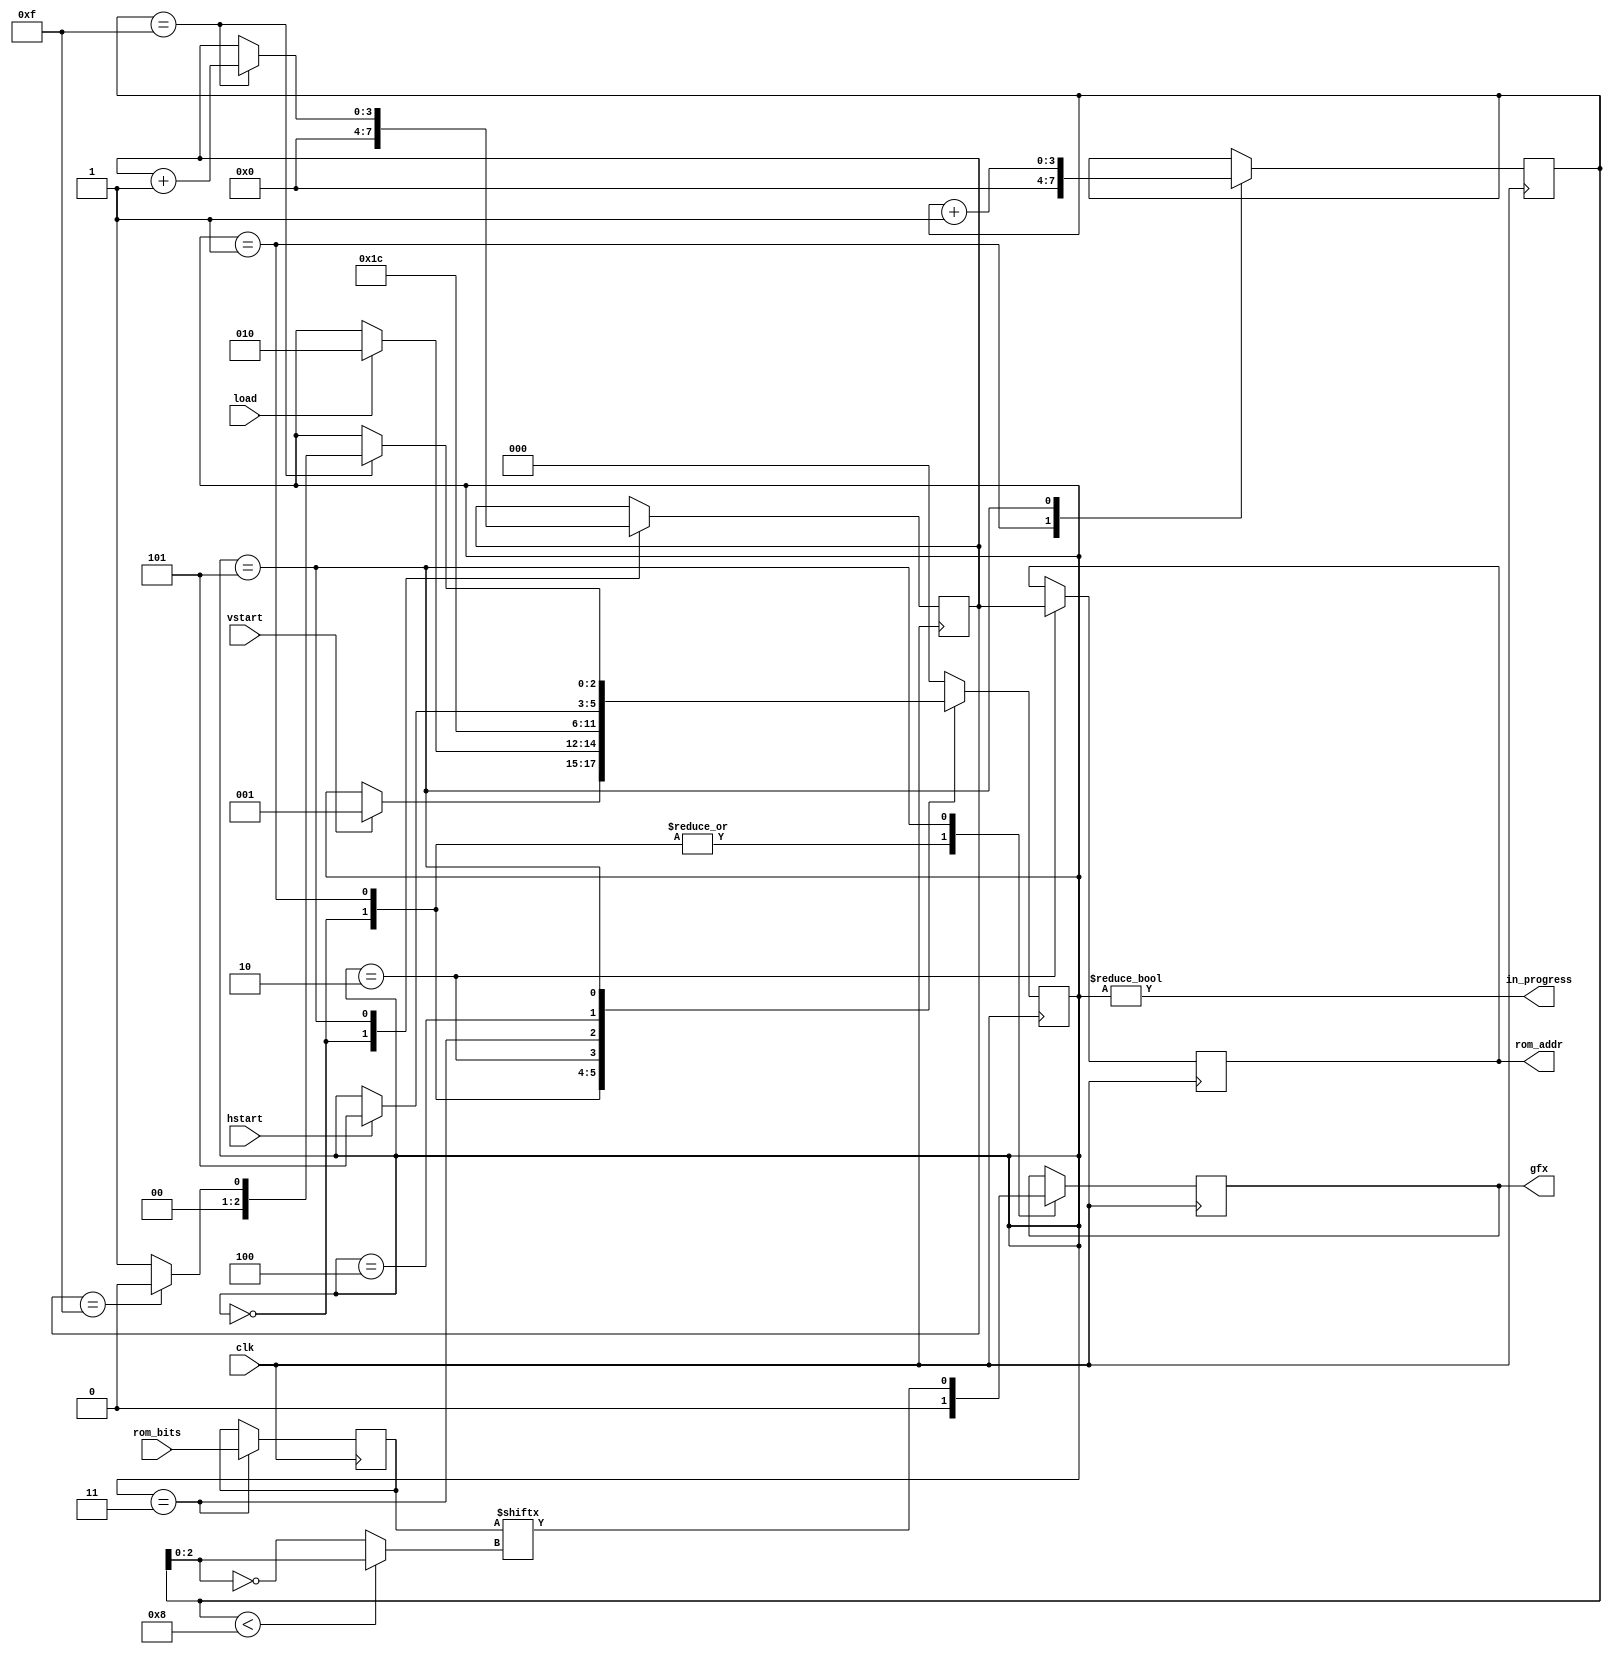
`ifndef SPRITE_RENDERER_H
`define SPRITE_RENDERER_H

module sprite_renderer(clk, vstart, load, hstart, rom_addr, rom_bits, 
                       gfx, in_progress);
  
  input clk;
  input vstart;		// start drawing (top border)
  input load;		// ok to load sprite data?
  input hstart;		// start drawing scanline (left border)
  output reg [3:0] rom_addr;	// select ROM address
  input [7:0] rom_bits;		// input bits from ROM
  output reg[0:0] gfx;		// output pixel
  output in_progress;	// 0 if waiting for vstart
  
  reg [2:0] state;	// current state #
  reg [3:0] ycount;	// number of scanlines drawn so far
  reg [3:0] xcount;	// number of horiz. pixels in this line
  
  reg [7:0] outbits;	// register to store bits from ROM
  
  // states for state machine
  localparam WAIT_FOR_VSTART = 0;
  localparam WAIT_FOR_LOAD   = 1;
  localparam LOAD1_SETUP     = 2;
  localparam LOAD1_FETCH     = 3;
  localparam WAIT_FOR_HSTART = 4;
  localparam DRAW            = 5;

  // assign in_progress output bit
  assign in_progress = state != WAIT_FOR_VSTART;

  always @(posedge clk)
    begin
      case (state)
        WAIT_FOR_VSTART: begin
          ycount <= 0; // initialize vertical count
          gfx <= 0; // default pixel value (off)
          // wait for vstart, then next state
          if (vstart)
            state <= WAIT_FOR_LOAD;
        end
        WAIT_FOR_LOAD: begin
          xcount <= 0; // initialize horiz. count
	  gfx <= 0;
          // wait for load, then next state
          if (load)
            state <= LOAD1_SETUP;
        end
        LOAD1_SETUP: begin
          rom_addr <= ycount; // load ROM address
          state <= LOAD1_FETCH;
        end
        LOAD1_FETCH: begin
	  outbits <= rom_bits; // latch bits from ROM
          state <= WAIT_FOR_HSTART;
        end
        WAIT_FOR_HSTART: begin
          // wait for hstart, then start drawing
          if (hstart)
            state <= DRAW;
        end
        DRAW: begin
          // get pixel, mirroring graphics left/right
          gfx <= outbits[xcount<8 ? xcount[2:0] : ~xcount[2:0]];
          xcount <= xcount + 1;
          // finished drawing horizontal slice?
          if (xcount == 15) begin // pre-increment value
            ycount <= ycount + 1;
            // finished drawing sprite?
            if (ycount == 15) // pre-increment value
              state <= WAIT_FOR_VSTART; // done drawing sprite
            else
	      state <= WAIT_FOR_LOAD; // done drawing this scanline
          end
        end
        // unknown state -- reset
        default: begin
          state <= WAIT_FOR_VSTART; 
        end
      endcase
    end
  
endmodule

`endif